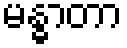
မန္ဓာတာ